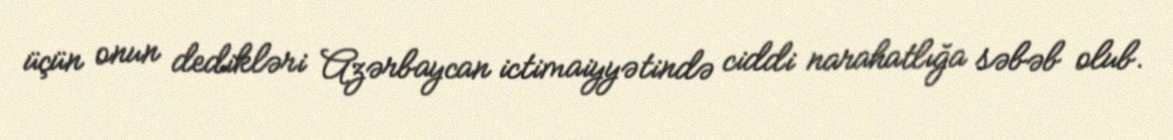
üçün onun dedikləri Azərbaycan ictimaiyyətində ciddi narahatlığa səbəb olub.